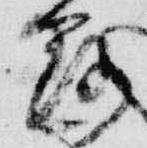
落